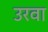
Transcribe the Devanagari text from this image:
उरवा